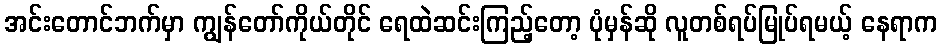
အင်းတောင်ဘက်မှာ ကျွန်တော်ကိုယ်တိုင် ရေထဲဆင်းကြည့်တော့ ပုံမှန်ဆို လူတစ်ရပ်မြုပ်ရမယ့် နေရာက